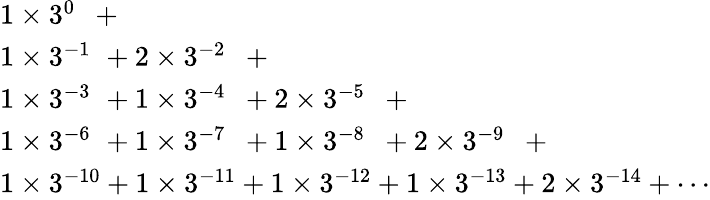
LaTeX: \begin{array}{l}{1\times 3^{0\, \, \, }+{}}\\ {1\times 3^{-1\, \, }+2\times 3^{-2\, \, \, }+{}}\\ {1\times 3^{-3\, \, }+1\times 3^{-4\, \, \, }+2\times 3^{-5\, \, \, }+{}}\\ {1\times 3^{-6\, \, }+1\times 3^{-7\, \, \, }+1\times 3^{-8\, \, \, }+2\times 3^{-9\, \, \, }+{}}\\ {1\times 3^{-10}+1\times 3^{-11}+1\times 3^{-12}+1\times 3^{-13}+2\times 3^{-14}+\cdots}\end{array}